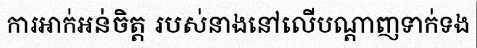
ការអាក់អន់ចិត្ត របស់នាងនៅលើបណ្តាញទាក់ទង